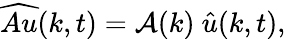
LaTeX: \widehat{Au}(k,t)=\mathcal{A}(k)\ \hat{u}(k,t),